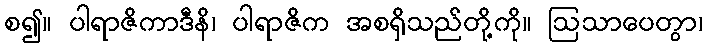
စ၍။ ပါရာဇိကာဒီနိ၊ ပါရာဇိက အစရှိသည်တို့ကို။ ဩသာပေတွာ၊